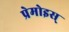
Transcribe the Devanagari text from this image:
प्रेमोइस्